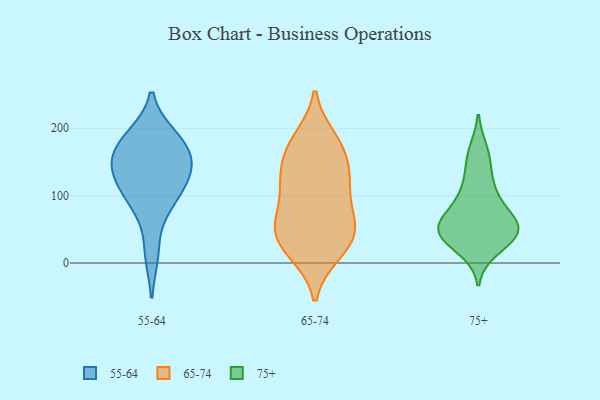
{"axis": {"x": "Humidity (%)", "y": "Value"}, "legend": ["55-64", "65-74", "75+"], "data": [{"x": "", "y": 141, "type": "55-64"}, {"x": "", "y": 181, "type": "55-64"}, {"x": "", "y": 113, "type": "55-64"}, {"x": "", "y": 156, "type": "55-64"}, {"x": "", "y": 95, "type": "55-64"}, {"x": "", "y": 135, "type": "55-64"}, {"x": "", "y": 15, "type": "55-64"}, {"x": "", "y": 144, "type": "55-64"}, {"x": "", "y": 187, "type": "55-64"}, {"x": "", "y": 177, "type": "55-64"}, {"x": "", "y": 88, "type": "55-64"}, {"x": "", "y": 67, "type": "65-74"}, {"x": "", "y": 133, "type": "65-74"}, {"x": "", "y": 57, "type": "65-74"}, {"x": "", "y": 109, "type": "65-74"}, {"x": "", "y": 62, "type": "65-74"}, {"x": "", "y": 170, "type": "65-74"}, {"x": "", "y": 25, "type": "65-74"}, {"x": "", "y": 185, "type": "65-74"}, {"x": "", "y": 14, "type": "65-74"}, {"x": "", "y": 132, "type": "65-74"}, {"x": "", "y": 63, "type": "65-74"}, {"x": "", "y": 45, "type": "65-74"}, {"x": "", "y": 117, "type": "65-74"}, {"x": "", "y": 39, "type": "65-74"}, {"x": "", "y": 182, "type": "65-74"}, {"x": "", "y": 119, "type": "65-74"}, {"x": "", "y": 164, "type": "65-74"}, {"x": "", "y": 14, "type": "65-74"}, {"x": "", "y": 102, "type": "75+"}, {"x": "", "y": 63, "type": "75+"}, {"x": "", "y": 43, "type": "75+"}, {"x": "", "y": 155, "type": "75+"}, {"x": "", "y": 61, "type": "75+"}, {"x": "", "y": 96, "type": "75+"}, {"x": "", "y": 41, "type": "75+"}, {"x": "", "y": 41, "type": "75+"}, {"x": "", "y": 55, "type": "75+"}, {"x": "", "y": 124, "type": "75+"}, {"x": "", "y": 49, "type": "75+"}, {"x": "", "y": 166, "type": "75+"}, {"x": "", "y": 35, "type": "75+"}, {"x": "", "y": 21, "type": "75+"}, {"x": "", "y": 67, "type": "75+"}]}